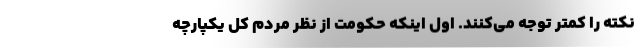
نکته را کمتر توجه می‌کنند. اول اینکه حکومت از نظر مردم کل یکپارچه